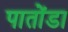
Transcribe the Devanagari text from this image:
पातोंडा